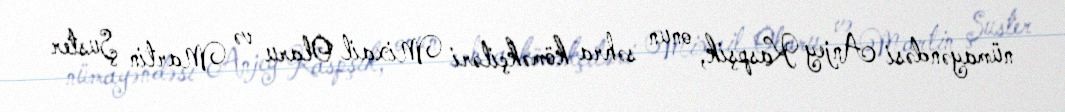
nümayəndəsi Anjey Kaspşik, onun səhra köməkçiləri Mixail Olaru və Martin Şuster